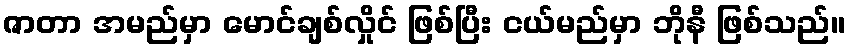
ဇာတာ အမည်မှာ မောင်ချစ်လှိုင် ဖြစ်ပြီး ငယ်မည်မှာ ဘိုနီ ဖြစ်သည်။